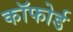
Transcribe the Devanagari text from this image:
कॉफोर्ड